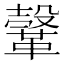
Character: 𩌥